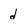
Character: d